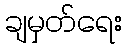
ချမှတ်ရေး